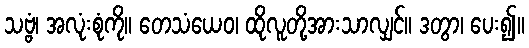
သဗ္ဗံ၊ အလုံးစုံကို။ တေသံယေဝ၊ ထိုလူတို့အားသာလျှင်။ ဒတွာ၊ ပေး၍။